Medical and sanitary report of the native army of Madras for the year
Year: 1878
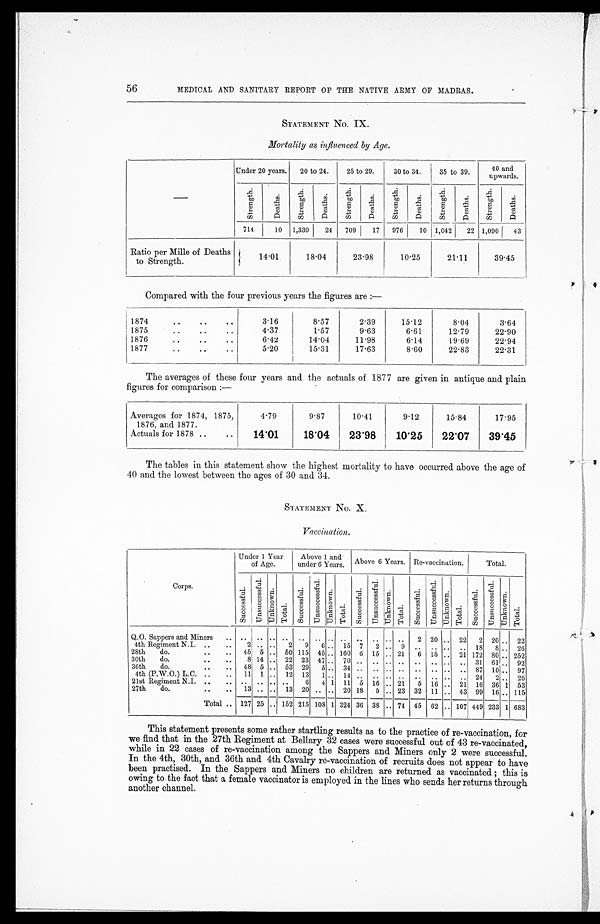
56
MEDICAL AND SANITARY REPORT OF THE NATIVE ARMY 0F MADRAS.
STATEMENT No. IX.
Mortality as influenced by Age.
Under 20 years.
20 to 24.
25 to 29.
30 to 34.
35 to 39.
40 and
upwards.
S t r e n g t h .
D e a t h s .
S t r e n g t h .
D e a t h s .
S t r e n g t h .
D e a t h s .
S t r e n g t h .
D e a t h s .
S t r e n g t h .
D e a t h s .
S t r e n g t h .
D e a t h s .
714
10 1,330
24 709
17 976
10 1,042
22 1,090
43
Ratio per Mille of Deaths
to Strength.
1 4 . 0 1
1 8 . 0 4
2 3 . 9 8
1 0 . 2 5 21.11
3 9 . 4 5
Compared with the four previous years the figures are :—
1874
. .
. . .
. .
3.16
8 . 5 7 2.39
15.12
8.04
3.64
1187
. .
. .
. .
4.37
1.57
9.63
6.61
12.79
2 2 . 9 0
1876
. .
. .
. .
6 . 4 2
1 4 . 0 4 11.98
6.14
1 9 . . 6 9
22.94
1877
. .
. .
. .
5.20
15.31
17.63
8.60
22.83
22.31
The averages of these four years and the actuals of 1877 are given in antique and plain
figures for comparison :—
Averages for 1874, 1875,
1876, and 1877.
4.79
9.87
10.41
9.12
15.84
17.95
Aetuals for 1878 ..
..
14.01
18.04
23.98
10.25
22.07
39.45
The tables in this statement show the highest mortality to have occurred above the age of
40 and the lowest between the ages of 30 and 34.
STATEMENT No. X.
Vaccination.
Corps.
Under 1 Year
of Age.
Above 1 and
under 6 Years. Above 6 Years. Re-vaccination.
Total.
S u c c e s s f u l .
U n s u c c e s s f u l . U n k n o w n .
T o t a l .
S u c c e s s f u l .
U n s u c c e s s f u l .
U n k n o w n .
T o t a l .
S u c c e s s f u l . U n s u c c e s s f u l .
U n k n o w n .
T o t a l .
S u c c e s s f u l . U n s u c c e s s f u l .
U n k n o w n .
T o t a l .
S u c c e s s f u l .
U n s u c c e s s f u l . U n k n o w n .
T o t a l .
Q.0. Sappers and Miners .. .. .. .. .. .. .. .. .. ... .. .. ..
2 20 .. 22 2 20
. .
22
4th Regiment N.J.
. .
. .
2 .. ..
2 9 6 .. 15 7 2 .. 9 .. .. .. .. 18 8
. .
26
28th
do.
. .
. .
45 5 .. 50 115 45 .. 160 6 15 .. 21 6 15 .. 21 172 80
. .
252
30th
do.
. .
. .
8 14 .. 22 23 47 .. 70
. .
. . . . . .
. .
. . . .
. .
31 61
. .
92
36th
do.
. .
. .
48 5 .. 53 29 5 .. 34
. .
. . . . . .
. .
. . . .
. .
87
1 0
. .
97
4th (P.W.0.) L.C.
. .
. .
11 1 .. 12 13 1 .. 14
. .
. . . . . .
. .
. . . .
. .
24 2
. .
26
21st
b
Reffinient N.J.
. .
. .
. .
. . . . . .
6 4 1 11 5 16 .. 21 5 16 .. 21 16 36 1 53
27th
do.
. .
. .
13
-
.. ..
-
13
-
20
-
.. .. 20 18 5 .. 23 32 11 .. 43 99 16 .. 115
Total .. 127 25 .. 152 215 108 1 324 36 38 .. 74 45 62 .. 107 449 233 1 683
This statement presents some rather startling results as to the practice of re-vaccination, for
we find that in the 27th Regiment at Bellary 32 cases were successful out of 43 re-vaccinated,
while in 22 cases of re-vaccination among the Sappers and Miners only 2 were successful.
In the 4th, 30th, and 36th and 4th Cavalry re-vaccination of recruits does not appear to have
been practised. In the Sappers and Miners no children are returned as vaccinated ; this is
owing to the fact that a female vaccinator is employed in the lines who sends her returns through
another channel.